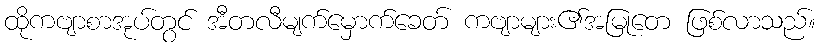
ထိုကဗျာစာအုပ်တွင် အီတလီမျက်မှောက်ခေတ် ကဗျာများ၏အမြုတေ ဖြစ်လာသည်။